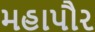
મહાપૌર